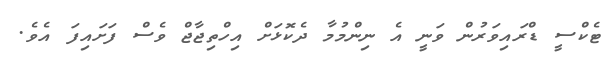
ޓެކްސީ ޑްރައިވަރުން ވަނީ އެ ނިންމުމާ ދެކޮޅަށް އިހްތިޖާޖް ވެސް ފަށައިފަ އެވެ.